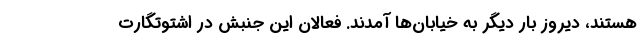
هستند، دیروز بار دیگر به خیابان‌ها آمدند. فعالان این جنبش در اشتوتگارت